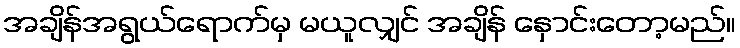
အချိန်အရွယ်ရောက်မှ မယူလျှင် အချိန် နှောင်းတော့မည်။